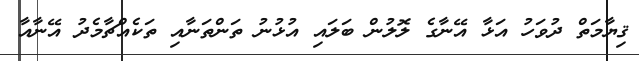
ޤިޔާމަތް ދުވަހު އަޅާ އޭނާގެ ލޮލުން ބަލައި އުޅުނު ތަންތަނާއި ތަކެއްޗާމެދު އޭނާއާ